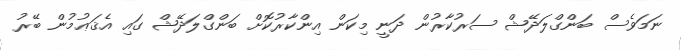
ނަމަވެސް ބަންގްލަދޭޝް ސަރުކާރުން ދަނީ މިކަން އިންކާރުކޮށް ބަންގްލަދޭޝް ގައި އެޤަޢުމުން ބޭރު